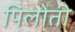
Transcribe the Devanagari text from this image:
पिलोती